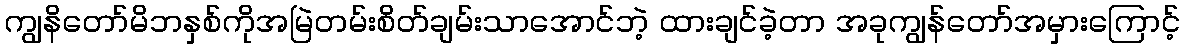
ကျွနိတော်မိဘနှစ်ကိုအမြဲတမ်းစိတ်ချမ်းသာအောင်ဘဲ့ ထားချင်ခဲ့တာ အခုကျွန်တော်အမှားကြောင့်